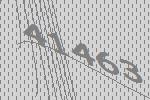
41463